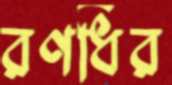
রণধির